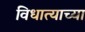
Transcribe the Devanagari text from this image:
विधात्याच्या